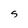
Character: g